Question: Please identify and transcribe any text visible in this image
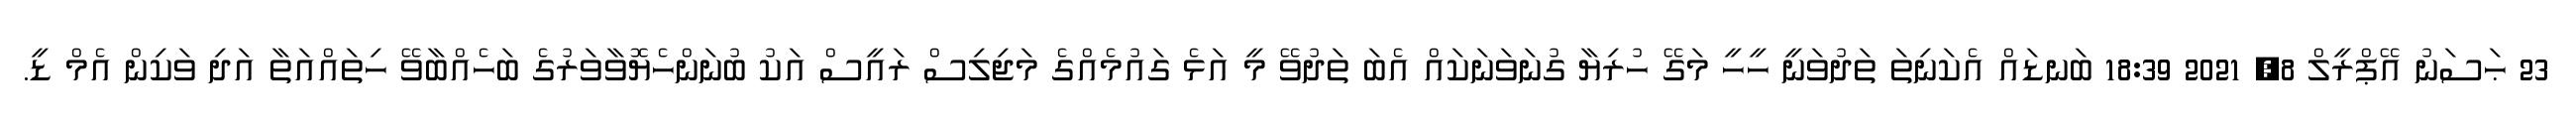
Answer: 23 ޙަސަނު އޭޕްރީލް 8, 2021 18:39 ބަނޑައް އެކަނިތަ ތަދުވަނީ ހީހީ މަގޭ ހުރިޔާ ގުނަވަނަކައް އެބަ ތަދުވޭ މީ އަޅެ ގައުމެއްގެ މަޖިލިސް ރައީސް އަކު ބުނަންހެޔޮވާވަރުގެ ބަހެއްބާވޭ ހިތައްއަތާ އަދި ވަކިން އެމް ޑީ.